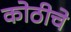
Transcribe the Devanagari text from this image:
कोठीचे